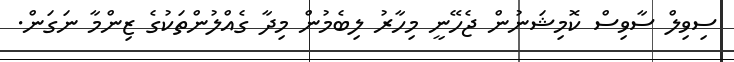
ސިވިލް ސާވިސް ކޮމިޝަނުން ޖެހޭނީ މިހާރު ލިބެމުން މިދާ ގެއްލުންތަކުގެ ޒިންމާ ނަގަން.